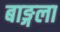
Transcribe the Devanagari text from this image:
बाङ्गला